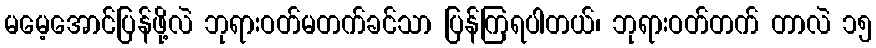
မမေ့အောင်ပြန်ဖို့လဲ ဘုရားဝတ်မတက်ခင်သာ ပြန်ကြရပါတယ်၊ ဘုရားဝတ်တက် တာလဲ ၁၅